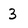
Character: 3